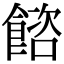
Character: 𩜴